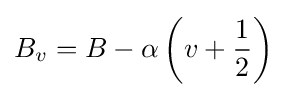
B_{v}=B-\alpha \left(v+{\frac {1}{2}}\right)